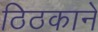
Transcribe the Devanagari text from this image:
ठिठकाने